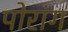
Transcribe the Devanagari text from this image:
पोरांग